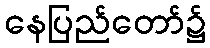
နေပြည်တော်၌